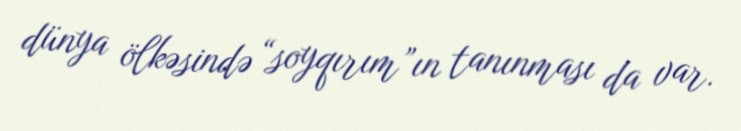
dünya ölkəsində “soyqırım”ın tanınması da var.